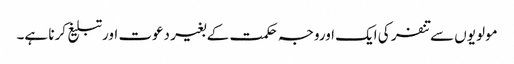
مولویوں سے تنفر کی ایک اوروجہ حکمت کے بغیر دعوت اورتبلیغ کرنا ہے۔